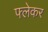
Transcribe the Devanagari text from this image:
फ्लेकर